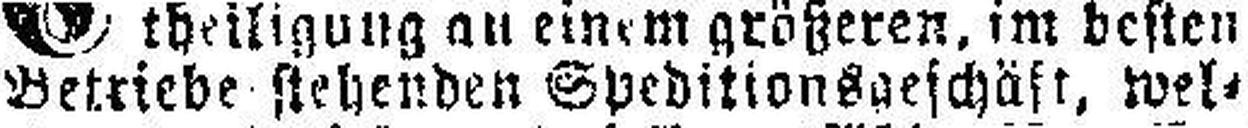
Betriebe stehenden Speditionsgeschäft, wel¬